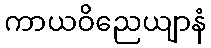
ကာယဝိညေယျာနံ